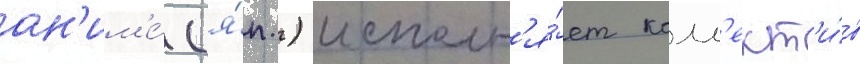
ан'им'е́ (я́п.) исполн'я́ет колл'ект'и́в